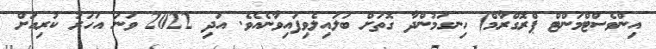
އިންވެސްޓްމަންޓް ޕްރޮގްރާމް) ހިނގަމުންދާ ގޮތަށް ބަލައިލެވިފައިވާނެއެވެ. އަދި 2022 ވަނަ އަހަރު ކުރިއަށް